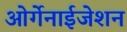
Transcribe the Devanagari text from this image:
ओर्गेनाईजेशन